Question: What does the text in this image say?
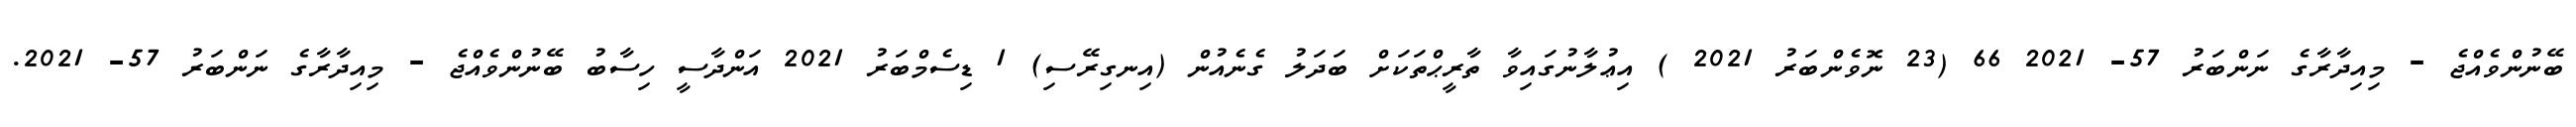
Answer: ބޭނުންވެއްޖެ - މިއިދާރާގެ ނަންބަރު 57- 2021 66 (23 ނޮވެންބަރު 2021 ) އިޢުލާނުގައިވާ ތާރީޙްތަކަށް ބަދަލު ގެނެއުން (އިނގިރޭސި) 1 ޑިސެމްބަރު 2021 އަންދާސީ ހިސާބު ބޭނުންވެއްޖެ - މިއިދާރާގެ ނަންބަރު 57- 2021.